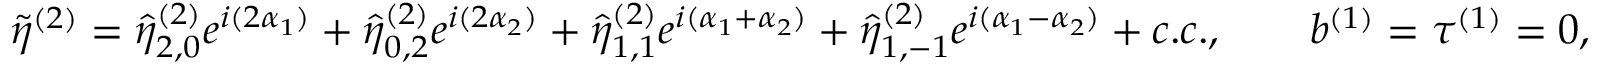
\tilde { \eta } ^ { ( 2 ) } = \hat { \eta } _ { 2 , 0 } ^ { ( 2 ) } e ^ { i ( 2 \alpha _ { 1 } ) } + \hat { \eta } _ { 0 , 2 } ^ { ( 2 ) } e ^ { i ( 2 \alpha _ { 2 } ) } + \hat { \eta } _ { 1 , 1 } ^ { ( 2 ) } e ^ { i ( \alpha _ { 1 } + \alpha _ { 2 } ) } + \hat { \eta } _ { 1 , - 1 } ^ { ( 2 ) } e ^ { i ( \alpha _ { 1 } - \alpha _ { 2 } ) } + c . c . , \qquad b ^ { ( 1 ) } = \tau ^ { ( 1 ) } = 0 ,